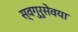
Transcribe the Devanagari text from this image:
स्वगुरुसेवया